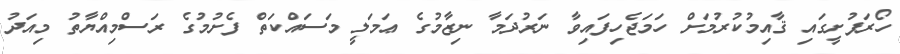
ހޯރަފުށީގައި ޤާއިމުކުރުމަށް ހަމަޖެހިފައިވާ ނަރުދަމާ ނިޒާމުގެ ޢަމަލީ މަސައްކަތް ފެށުމުގެ ރަސްމިއްޔާތު މިއަދު